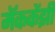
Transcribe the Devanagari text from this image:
मॅककेंझी